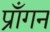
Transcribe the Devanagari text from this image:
प्राँगन